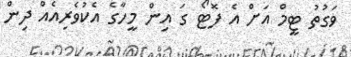
ވަގުތު ޓީމް އަށް އެ ފޮޓޯ ގަ އިން މީހާގެ އެކުވެރިއެއް ދިން